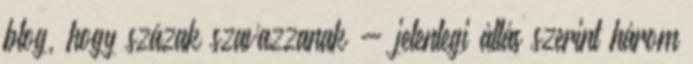
blog, hogy százak szavazzanak - jelenlegi állás szerint három